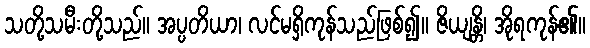
သတို့သမီးတို့သည်။ အပ္ပတိယာ၊ လင်မရှိကုန်သည်ဖြစ်၍။ ဇိယျန္တိ၊ အိုရကုန်၏။